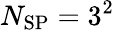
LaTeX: N_{\mathrm{SP}}=3^{2}